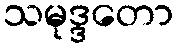
သမုဒ္ဒတော